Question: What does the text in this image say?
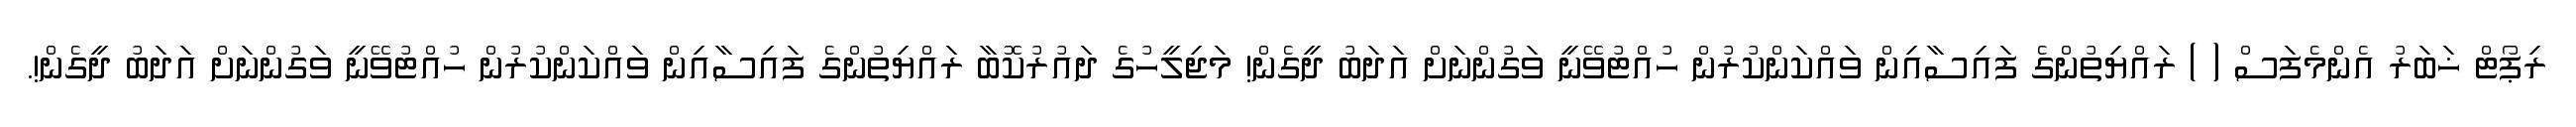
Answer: ރިޕޯޓް ޚަބަރު އެންމެފަސް ( ) ރައްޔިތުންގެ ފައިސާއިން ވައްކަންކުރުން ހުއްޓުވޭނީ ވަގުންނަށް އަދަބު ދީގެން! މަޖިލީހުގެ ދައުރުކޮބާ ރައްޔިތުންގެ ފައިސާއިން ވައްކަންކުރުން ހުއްޓުވޭނީ ވަގުންނަށް އަދަބު ދީގެން!.